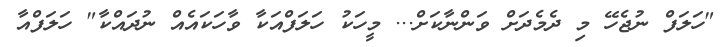
"ހަލަފް ނުޖެހޭ މި ދެމެދަށް ވަންނާކަށް... މީހަކު ހަލަފްއަކާ ވާހަކައެއް ނުދައްކާ" ހަލަފްއާ